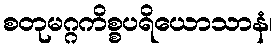
စတုမဂ္ဂကိစ္စပရိယောသာနံ၊